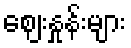
ဈေးနှုန်းများ